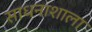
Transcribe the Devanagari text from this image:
साधनाशाला